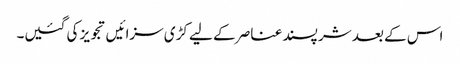
اس کے بعد شر پسند عناصر کے لیے کڑی سزائیں تجویز کی گئیں۔